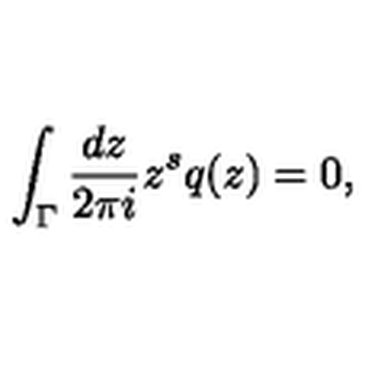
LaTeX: \int _ { \Gamma } \frac { d z } { 2 \pi i } z ^ { s } q ( z ) = 0 ,